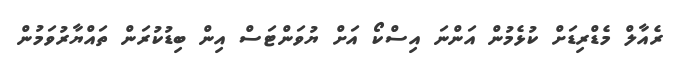
ރެއާލް މެޑްރިޑަށް ކުޅެމުން އަންނަ އިސްކޯ އަށް ޔުވަންޓަސް އިން ބިޑުކުރަން ތައްޔާރުވަމުން